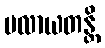
ပလာယတန္တိ